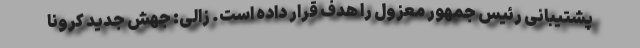
پشتیبانی رئیس جمهور معزول را هدف قرار داده است. زالی: جهش جدید کرونا